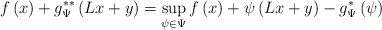
\begin{align*}f\left(x\right)+g_{\Psi}^{**}\left(Lx+y\right) & =\sup_{\psi\in\Psi}f\left(x\right)+\psi\left(Lx+y\right)-g_{\Psi}^{*}\left(\psi\right)\end{align*}